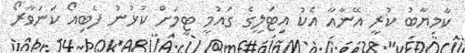
ކާމިޔާބު ކުރީ އޭނާއާ އެކު އިޓަލީގެ ގައުމީ ޓީމަށް ކުޅުނު ފެބިއޯ ކަނަވާރޯ